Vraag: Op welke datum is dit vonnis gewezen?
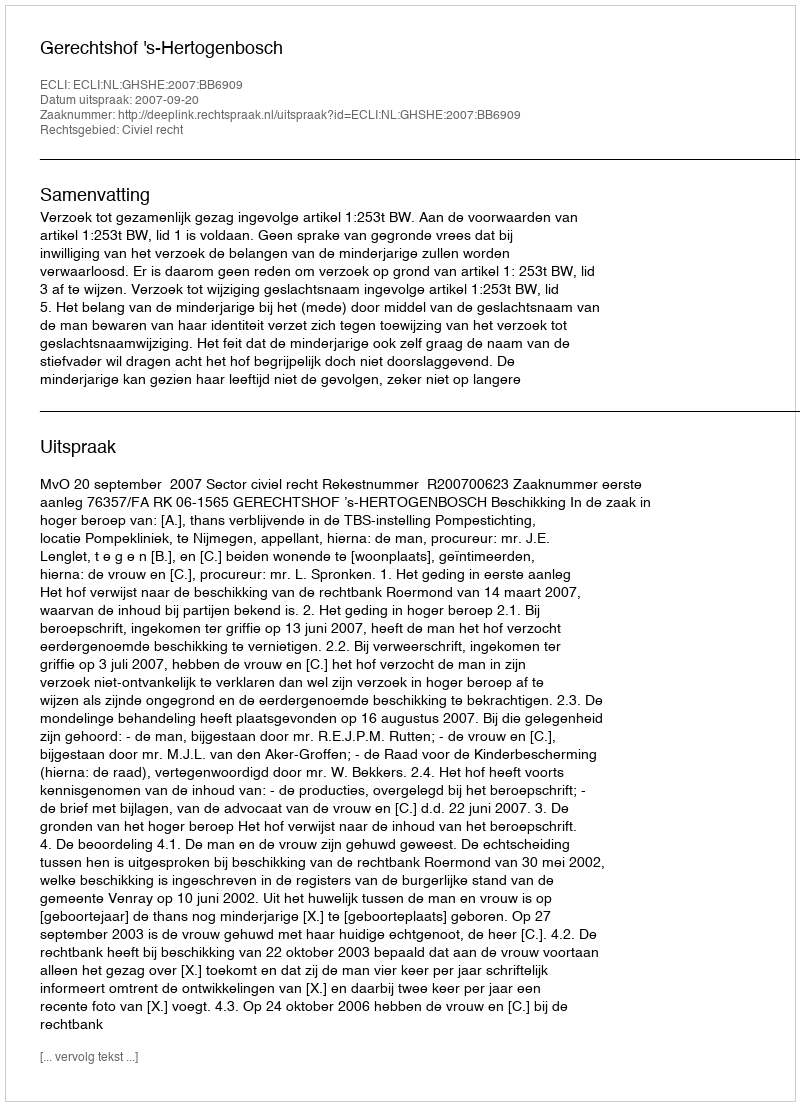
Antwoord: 2007-09-20